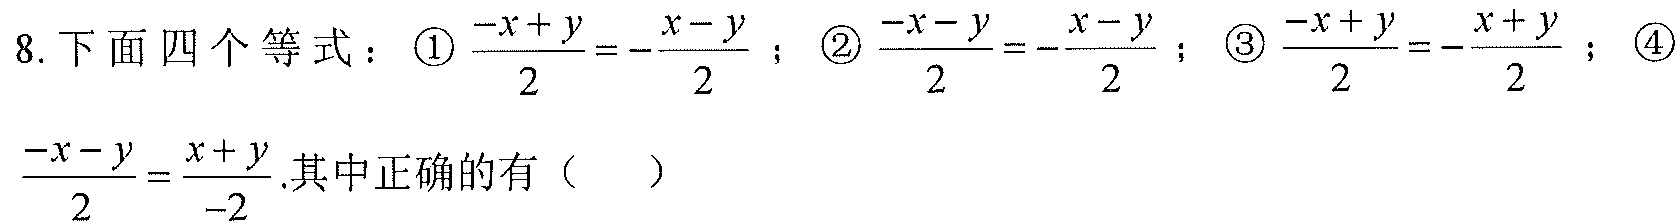
8. 下面四个等式：\textcircled{1}\(\frac{-x + y}{2}=-\frac{x - y}{2}\)；\textcircled{2}\(\frac{-x - y}{2}=-\frac{x - y}{2}\)；\textcircled{3}\(\frac{-x + y}{2}=-\frac{x + y}{2}\)；\textcircled{4}\(\frac{-x - y}{2}=\frac{x + y}{-2}\).其中正确的有（  ）